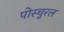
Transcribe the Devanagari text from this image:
पोस्चुरल